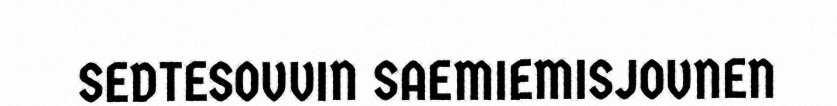
SEDTESOVVIN SAEMIEMISJOVNEN